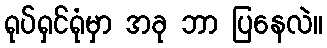
ရုပ်ရှင်ရုံမှာ အခု ဘာ ပြနေလဲ။